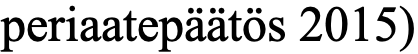
periaatepäätös 2015)